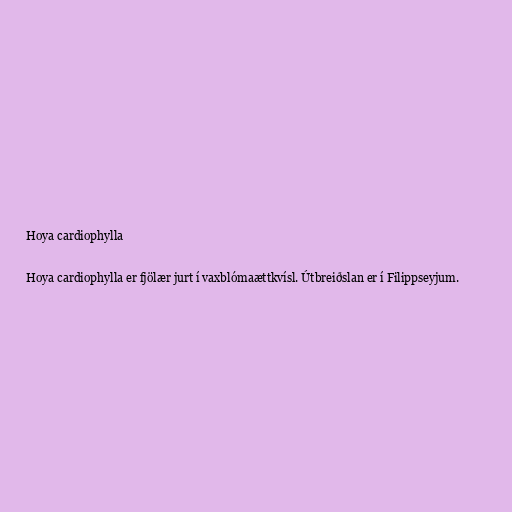
Hoya cardiophylla

Hoya cardiophylla er fjölær jurt í vaxblómaættkvísl. Útbreiðslan er í Filippseyjum.